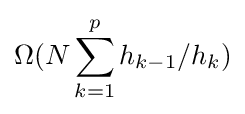
\Omega (N\sum _{k=1}^{p}h_{k-1}/h_{k})